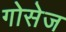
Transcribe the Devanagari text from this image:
गोसेज